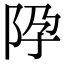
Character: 𨸳